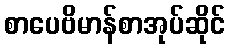
စာပေဗိမာန်စာအုပ်ဆိုင်